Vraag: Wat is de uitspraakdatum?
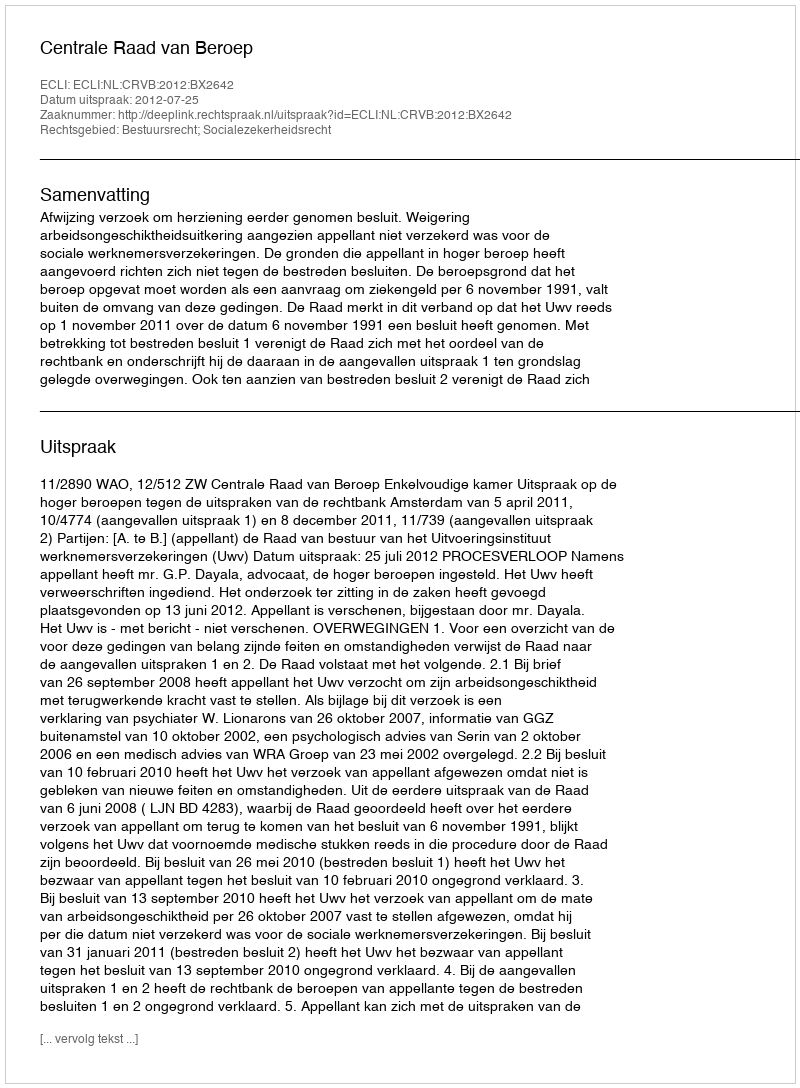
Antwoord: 2012-07-25